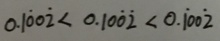
0 . 1 \dot { 0 } 0 \dot { 2 } < 0 . 1 0 \dot { 0 } \dot { 2 } < 0 . \dot { 1 } 0 0 \dot { 2 }